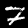
Label: 7